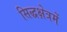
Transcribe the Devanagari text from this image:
सिद्धक्षेत्रमें